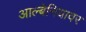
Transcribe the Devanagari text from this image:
आल्बेनियावर